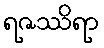
ရဇဿိရာ